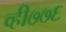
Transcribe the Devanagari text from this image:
व्ही७७६